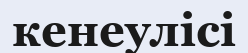
кенеулісі